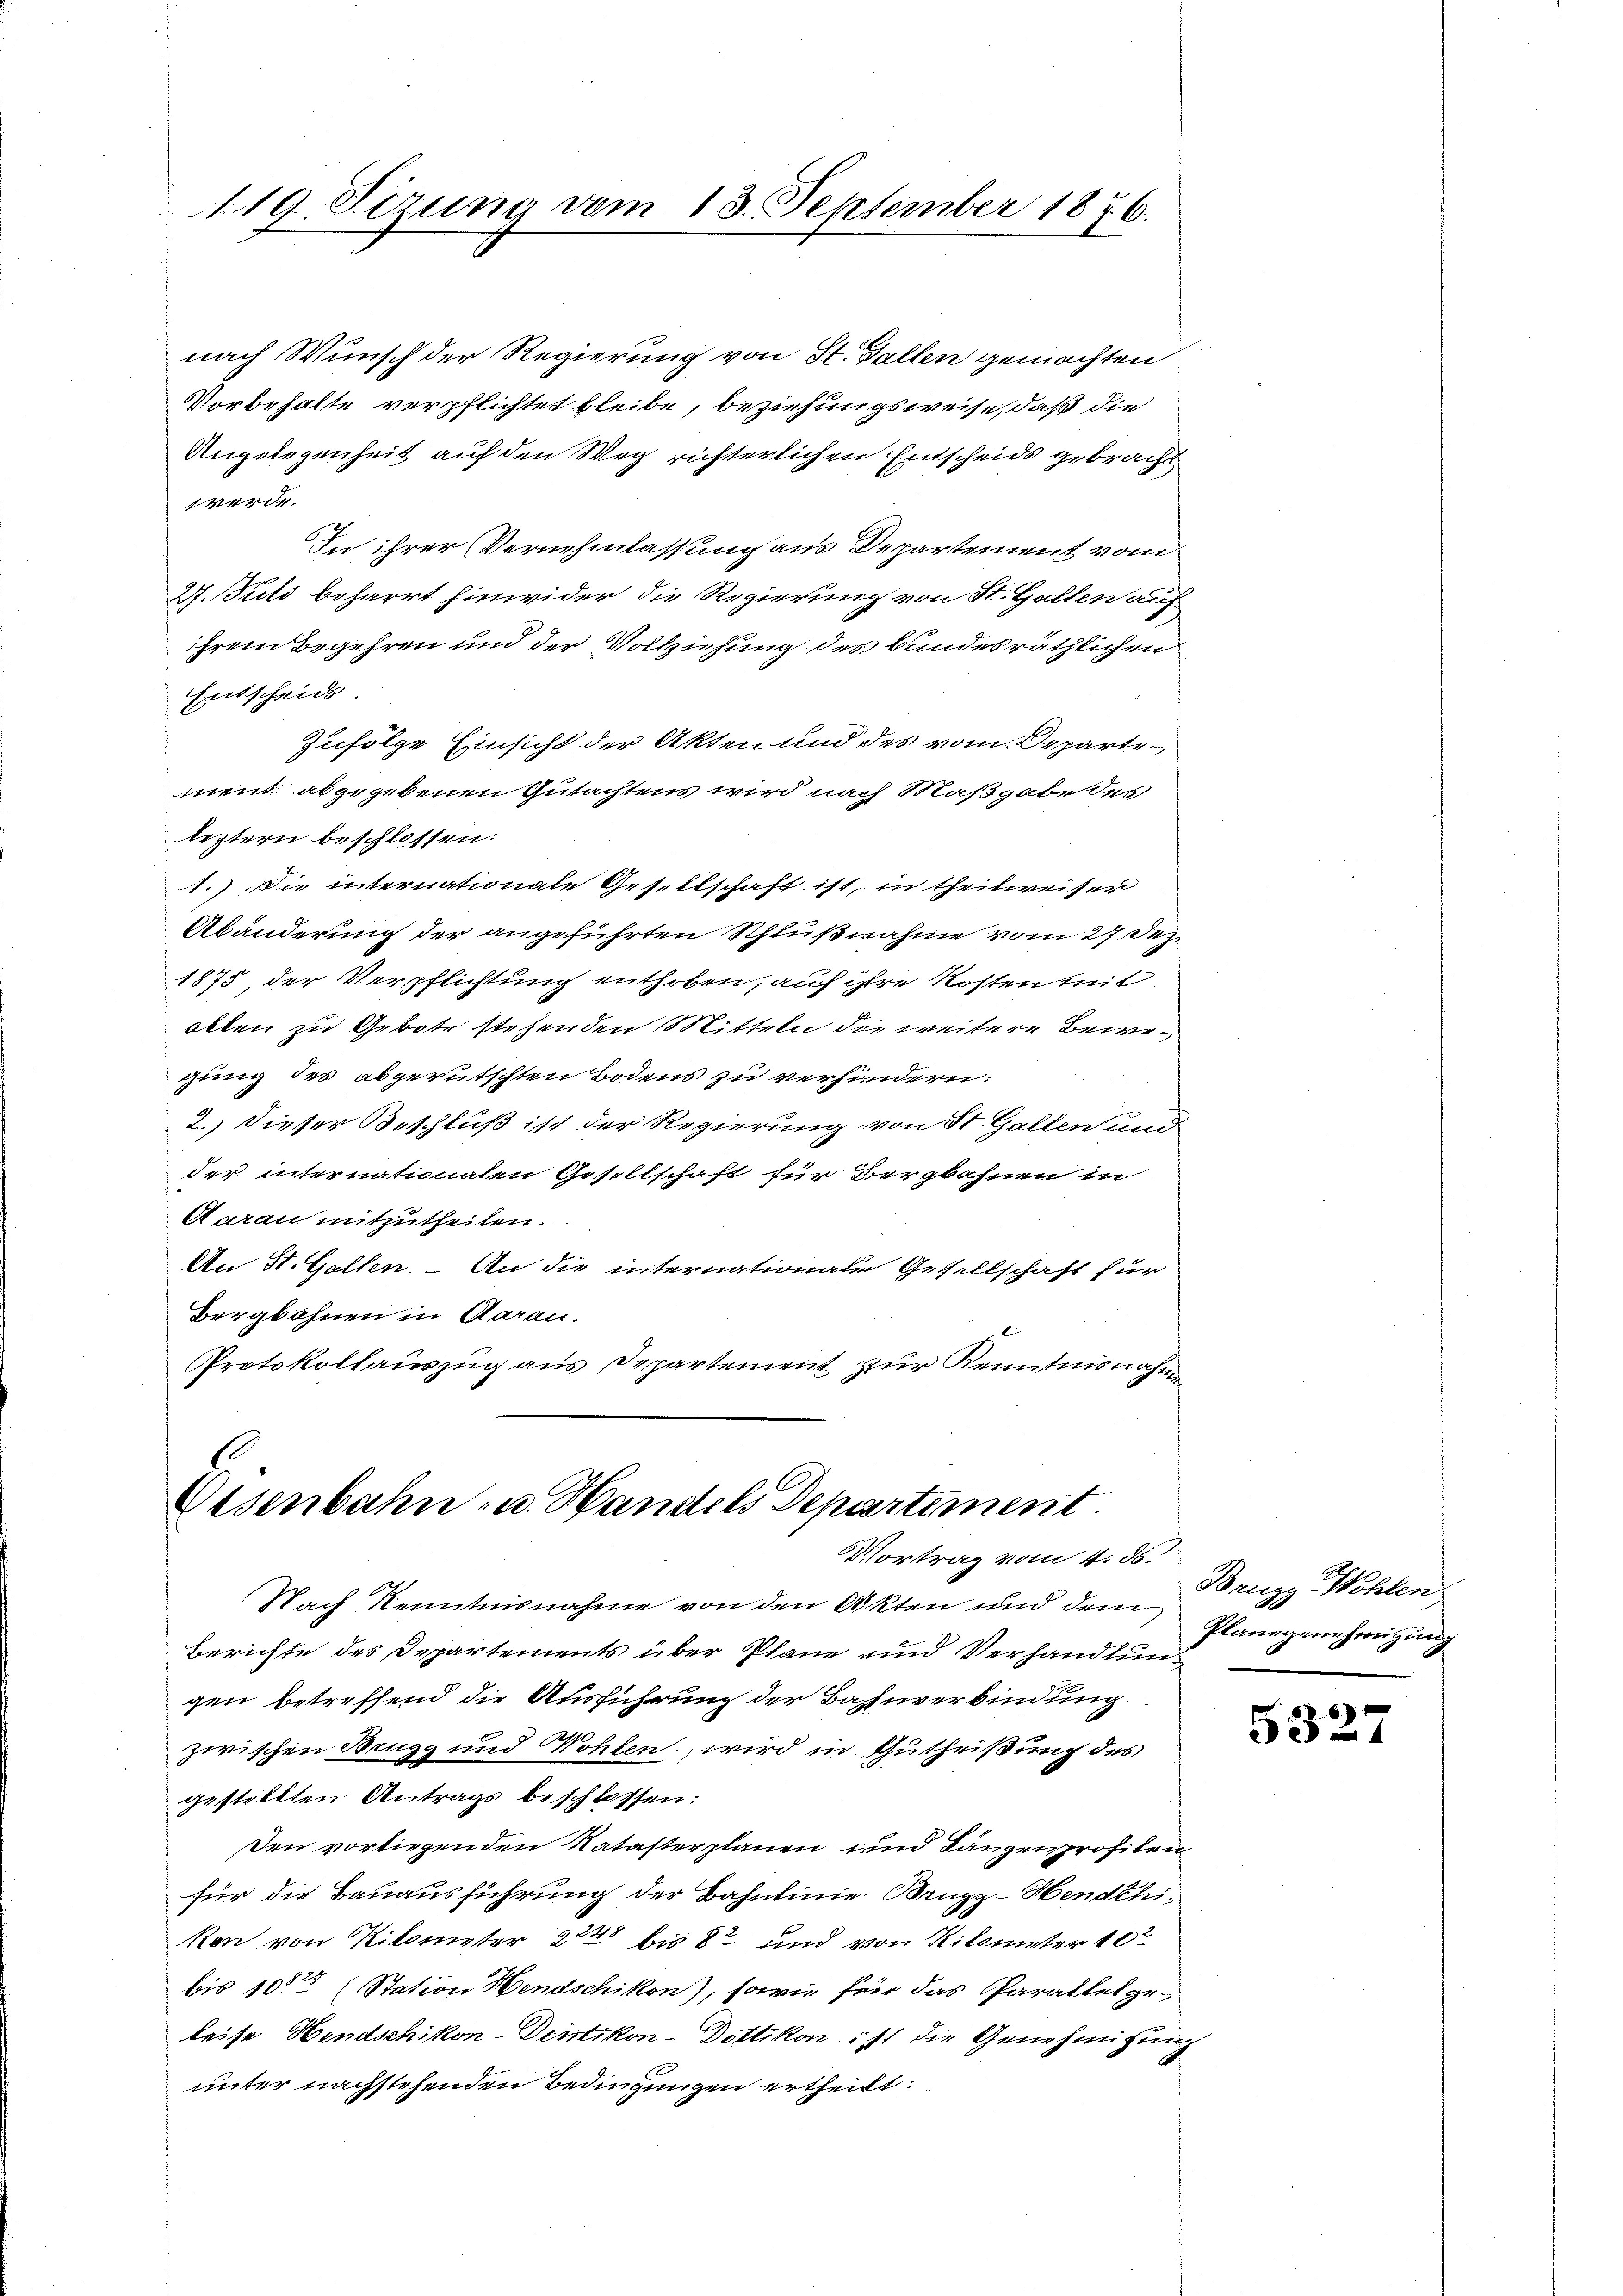
119. Sizung vom 13. September 1876.

nach Wunsch der Regierung von St. Gallen gemachten
Vorbehalte verpflichtet bleibe, beziehungsweise, daß die
Angelegenheit auf den Weg richterlichen Entscheids gebracht
werde.
In ihrer Vernehmlassung aus Departement vom
A. uld beharrt hinwider die Regierung von St. Gallen auf
ihrem Begehren und der Vollziehung des bundesräthlichen
Entscheids
Zufolge Einsicht der Akten und des vom Departe
ment abgegebenen Gutachtens wird nach Maßgabe des
leztern beschlossen:
1.) Die internationale Gesellschaft ist, in theilweiser
Abänderung der angeführten Schlußnahme vom 27. Dez.
1875 der Verpflichtung enthoben, auf ihre Kostenmit
ollen zu Gebote stehenden Mitteln die weitere Bewegung des abgerutschten Bodens zu verhindern:
2.) Dieser Beschluß ist der Regierung von St. Gallen und
der internationalen Gesellschaft für Bergbahnen in
Aarau mitzutheilen.
An St. Gallen. – An die internationale Gesellschaft für
Bergbahnen in Aarau.
Protokollauszug aus Departement zur Kenntnisnahm

Eisenbahn- u. Handels Departement
Vortrag vom 4. ds.

Nach Kenntnisnahme von den Akten und dem Planegenehmigung
Berichte des Departements über Plane und Verhandlungen betreffend die Ausführung der Bahnverbindung
zwischen Brugg und Wohlen, wird in Gutheißung des
gestellten Antrags beschlossen:
en vorliegenden Natasterplanen und Lanzenprofilen
für die Bauausführung der Bahnlinie Brugg-Hendthikon von Kilometer 224 bis 8 und von Kilometer 102
bis 10 (Station Hendschikon), sowie für das Parallel geleise Hendschikon-Dietikon-Dottikon ist die Genehmigung
unter nachstehenden Bedingungen ertheilt.

Brugg Wohlen.

5327